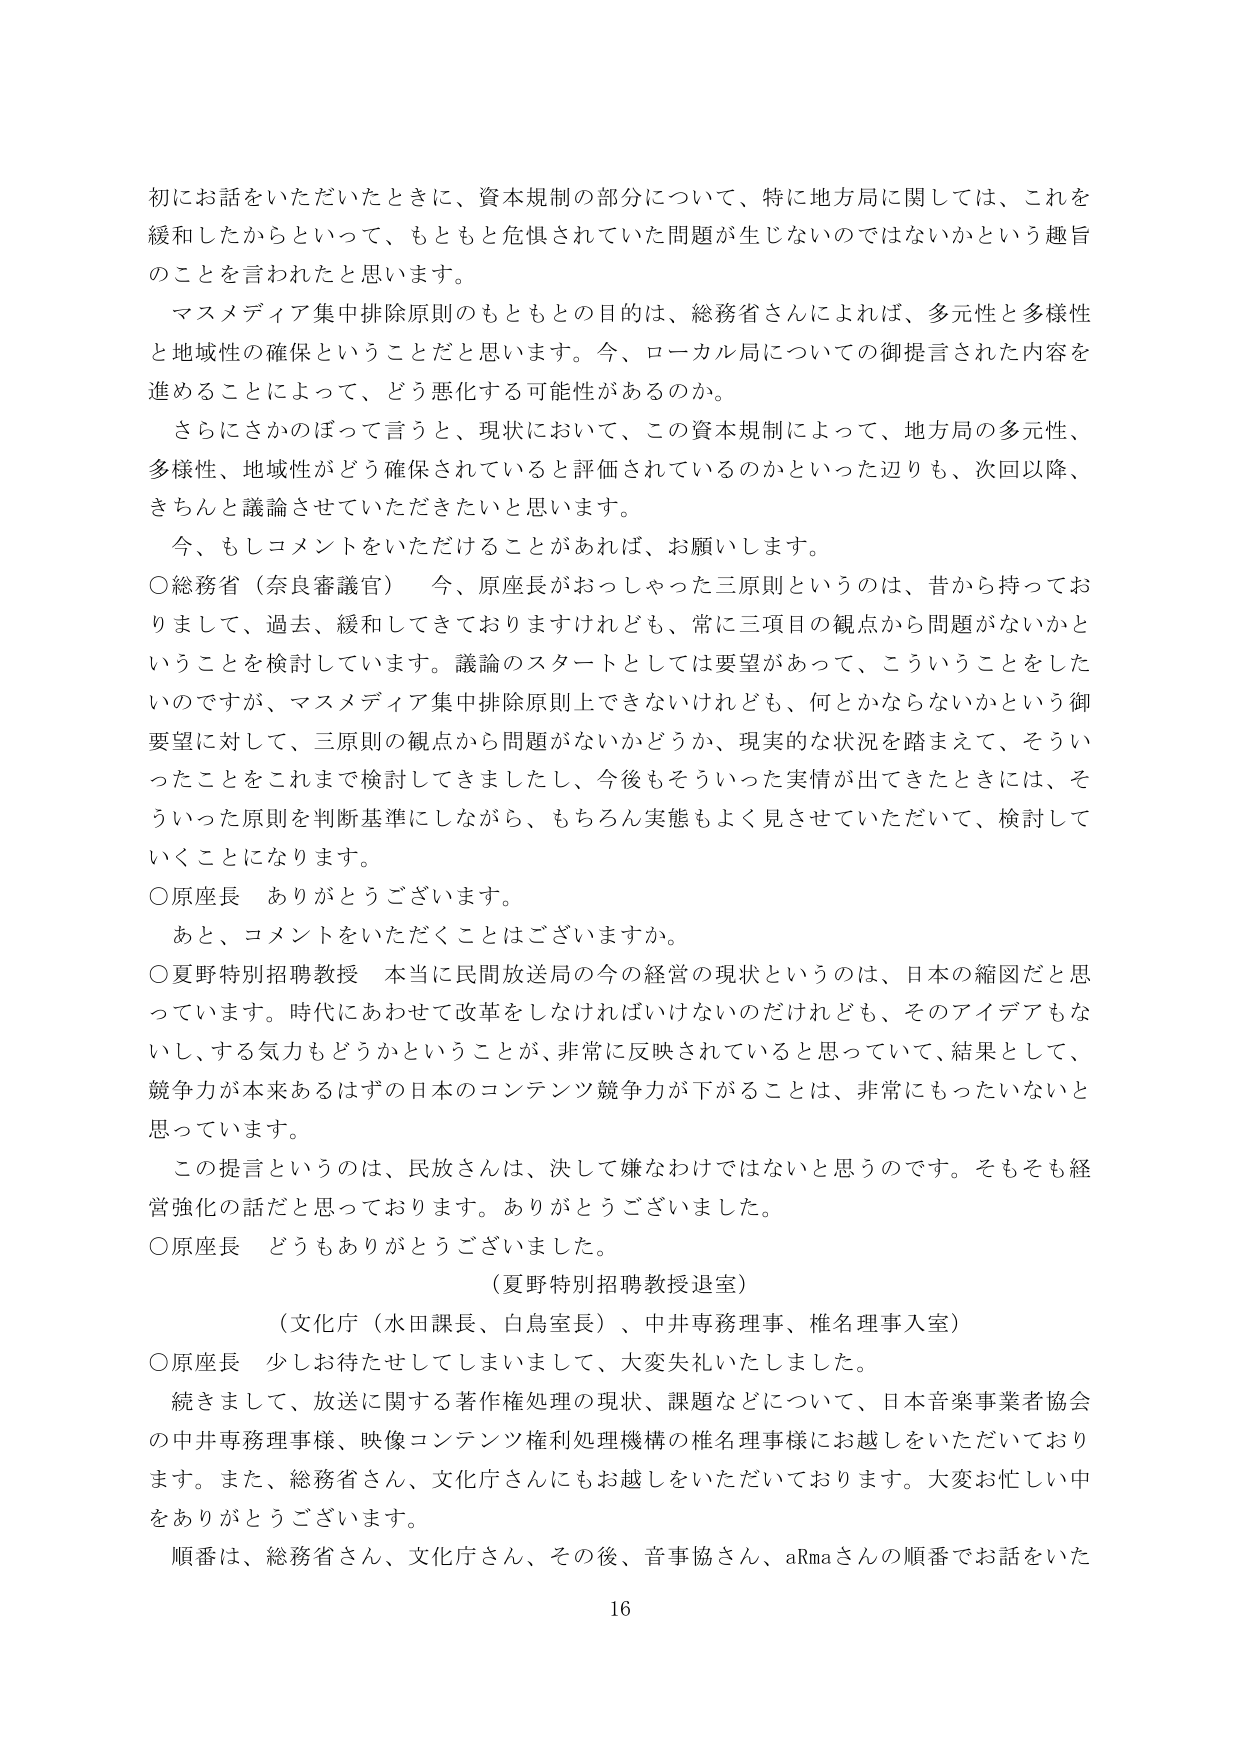
初にお話をいただいたときに、資本規制の部分について、特に地方局に関しては、これを緩和したからといって、もともと危惧されていた問題が生じないのではないかという趣旨のことを言われたと思います。

マスメディア集中排除原則のもともとの目的は、総務省さんによれば、多元性と多様性と地域性の確保ということだと思います。今、ローカル局についての御提言された内容を進めることによって、どう悪化する可能性があるのか。

さらにさかのぼって言うと、現状において、この資本規制によって、地方局の多元性、多様性、地域性がどう確保されていると評価されているのかといった辺りも、次回以降、きちんと議論させていただきたいと思います。

今、もしコメントをいただけることがあれば、お願いします。

○総務省（奈良審議官）　今、原座長がおっしゃった三原則というのは、昔から持っておりまして、過去、緩和してきておりますけれども、常に三項目の観点から問題がないかということを検討しています。議論のスタートとしては要望があって、こういうことをしたいのですが、マスメディア集中排除原則上できないけれども、何とかならないかという御要望に対して、三原則の観点から問題がないかどうか、現実的な状況を踏まえて、そういったことをこれまで検討してきましたし、今後もそういった実情が出てきたときには、そういった原則を判断基準にしながら、もちろん実態もよく見させていただいて、検討していくことになります。

○原座長　ありがとうございます。

　あと、コメントをいただくことはございますか。

○夏野特別招聘教授　本当に民間放送局の今の経営の現状というのは、日本の縮図だと思っています。時代にあわせて改革をしなければいけないのだけれども、そのアイデアもないし、する気力もどうかということが、非常に反映されていると思っていて、結果として、競争力が本来あるはずの日本のコンテンツ競争力が下がることは、非常にもったいないと思っています。

　この提言というのは、民放さんは、決して嫌なわけではないと思うのです。そもそも経営強化の話だと思っております。ありがとうございました。

○原座長　どうもありがとうございました。

（夏野特別招聘教授退室）

（文化庁（水田課長、白鳥室長）、中井専務理事、椎名理事入室）

○原座長　少しお待たせしてしまいまして、大変失礼いたしました。

　続きまして、放送に関する著作権処理の現状、課題などについて、日本音楽事業者協会の中井専務理事様、映像コンテンツ権利処理機構の椎名理事様にお越しをいただいております。また、総務省さん、文化庁さんにもお越しをいただいております。大変お忙しい中をありがとうございます。

　順番は、総務省さん、文化庁さん、その後、音事協さん、aRmaさんの順番でお話をいた

16